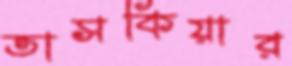
তাসকিয়ার